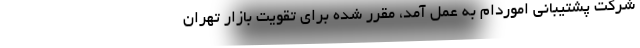
شرکت پشتیبانی اموردام به عمل آمد، مقرر شده برای تقویت بازار تهران